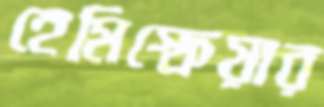
হেমিস্ফেয়ার